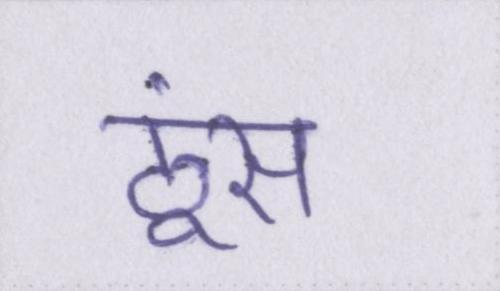
ठूंस